Report of the veterinary officer investigating camel disease
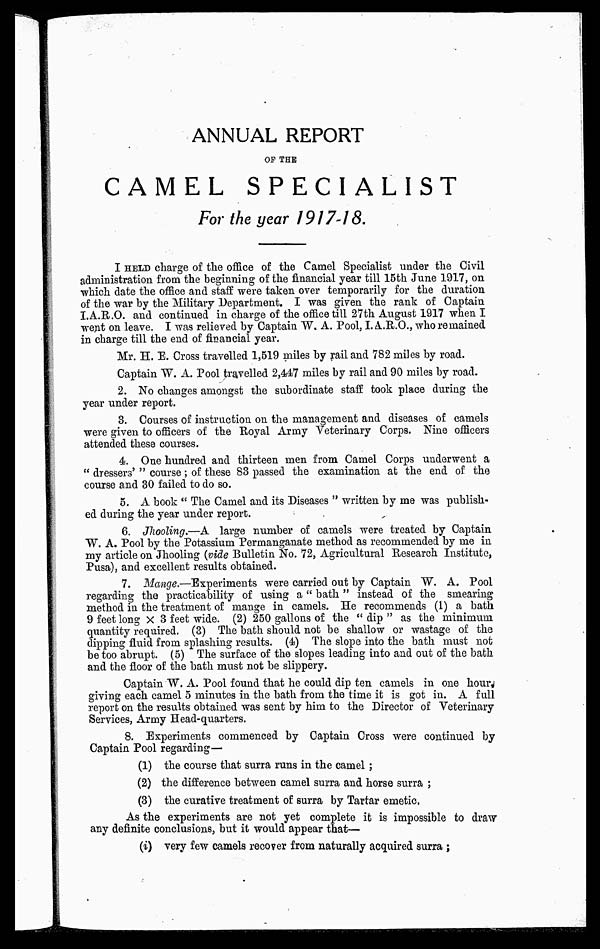
ANNUAL REPORT
OF THE
CAMEL SPECIALIST
For the year 1917-18.
I HELD charge of the office of the Camel Specialist under the Civil
administration from the beginning of the financial year till 15th June 1917, on
which date the office and staff were taken over temporarily for the duration
of the war by the Military Department. I was given the rank of Captain
I.A.R.O. and continued in charge of the office till 27th August 1917 when I
went on leave. I was relieved by Captain W. A. Pool, I. A.R.O., who remained
in charge till the end of financial year.
Mr. H. E. Cross travelled 1,519 miles by rail and 782 miles by road.
Captain "W. A. Pool travelled 2,447 miles by rail and 90 miles by road.
2. No changes amongst the subordinate staff took place during the
year under report.
3. Courses of instruction on the management and diseases of camels
were given to officers of the Royal Army Veterinary Corps. Nine officers
attended these courses.
4. One hundred and thirteen men from Camel Corps underwent a
" dressers' " course; of these 83 passed the examination at the end of the
course and 30 failed to do so.
5. A book " The Camel and its Diseases " written by me was publish-
ed during the year under report.
6. Jliooling.-—A large number of camels were treated by Captain
W. A. Pool by the Potassium Permanganate method as recommended by me in
my article on Jhooling (vide Bulletin No. 72, Agricultural Research Institute,
Pusa), and excellent results obtained.
7. Mange.—Experiments were carried out by Captain W, A. Pool
regarding the practicability of using a " bath " instead of the smearing
method in the treatment of mange in camels. He recommends (1) a bath
9 feet long X 3 feet wide. (2) 250 gallons of the " dip " as the minimum
quantity required. (3) The bath should not be shallow or wastage of the
clipping fluid from splashing results. (4) The slope into the bath must not
be too abrupt. (5) The surface of the slopes leading into and out of the bath
and the floor of the bath must not be slippery.
Captain W. A. Pool found that he could dip ten camels in one hour,
giving each camel 5 minutes in the bath from the time it is got in. A full
report on the results obtained was sent by him to the Director of Veterinary
Services, Army Head-quarters.
8. Experiments commenced by Captain Cross were continued by
Captain Pool regarding—
(1) the course that surra runs in the camel;
(2) the difference between camel surra and horse surra ;
(3) the curative treatment of surra by Tartar emetic.
As the experiments are not yet complete it is impossible to draw
any definite conclusions, but it would appear that—
(i) very few camels recover from naturally acquired surra ;